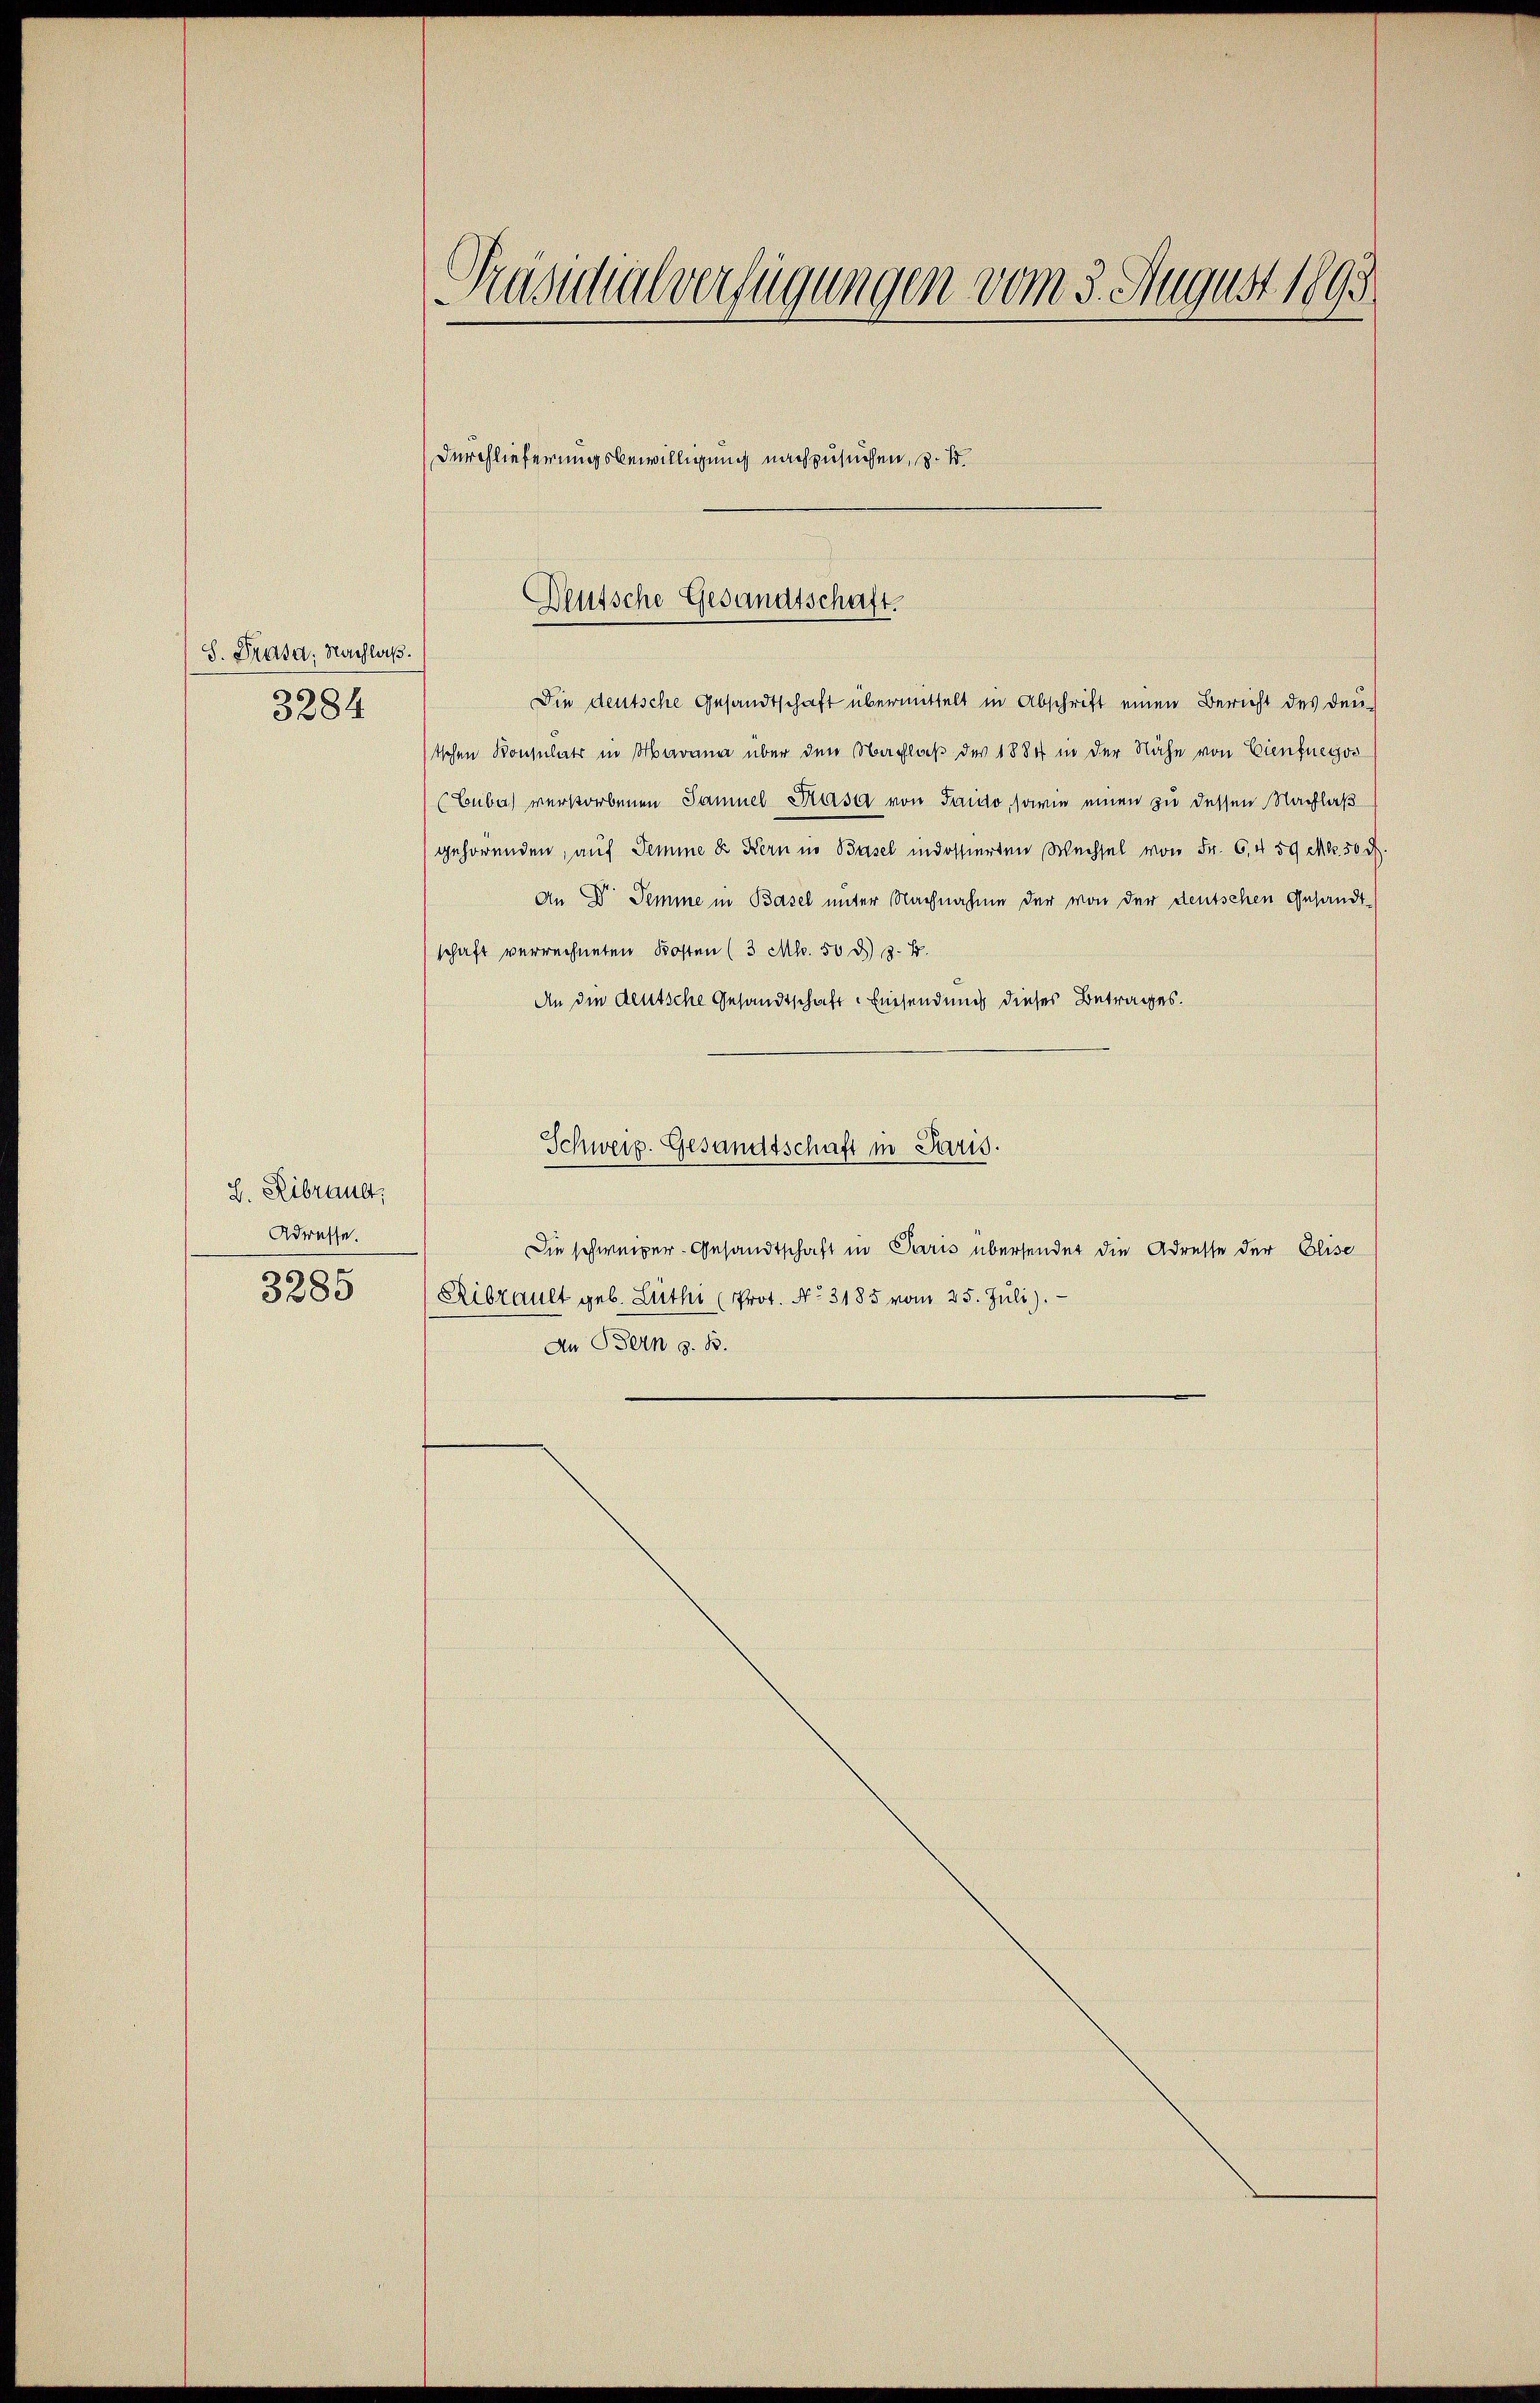
S. Trasa, Nachlaß.
3284

L. Ribrault,
Adresse.
3285

Präsidialverfügungen vom 3. August 1893
Durchlieferungsbewilligung nachzusuchen, z. B.

Die deutsche Gesandtschaft übermittelt in Abschrift einen Bericht des deu-
tschen Konsulats in Marama über den Nachlaß der 1884 in der Nähe von Einfnegor
(Buba) verstorbenen Samuel Krasa von Saio, sowie einen zu dessen Nachlaß
gehörenden, auf Semme Sr. Kern in Basel indossierten Wechsel von Fr. 6. 459 Mk. 50 l.
An Dr. Semme in Basel unter Nachnahme der von der deutschen Gesandt-
schaft verrechneten Kosten (3 Ml. 50 d. 3. B.
An die deutsche Gesandtschaft. Einsendung dieses Betrages.
Schweiz. Gesandtschaft in Paris.
Die schweizer- Gesandtschaft in Paris übersendet die Adresse der Elise
Ribrault geb. Luthi (Prot. No. 3185 vom 25. Juli).
An Bern z. B.

Deutsche Gesandtschaft.